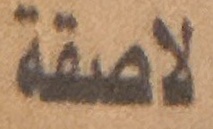
لاصقة